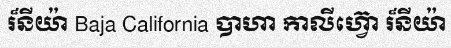
រ៏នីយ៉ា Baja California បាហា កាលីហ្វ៊ោ រ៏នីយ៉ា